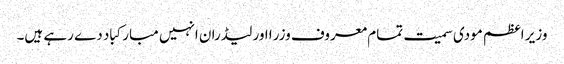
وزیر اعظم مودی سمیت تمام معروف وزرا اور لیڈران انہیں مبارکباد دے رہے ہیں۔